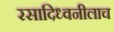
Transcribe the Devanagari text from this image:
रसादिध्वनीलाच